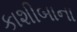
કાશીબાના